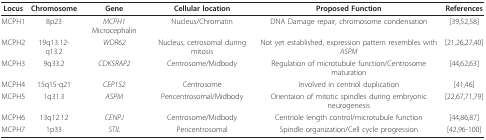
| Locus | Chromosome | Gene | Cellular location | Proposed Function | References |
 | --- | --- | --- | --- | --- | --- |
 | MCPH1 | 8p23 | MCPH1 Microcephalin | Nucleus/Chromatin | DNA Damage repair, chromosome condensation | [39,52,58] |
 | MCPH2 | 19q13.12- q13.2 | WDR62 | Nucleus, cetrosomal during mitosis | Not yet established, expression pattern resembles with ASPM | [21,26,27,40] |
 | MCPH3 | 9q33.2 | CDK5RAP2 | Centrosome/Midbody | Regulation of microtubule function/Centrosome maturation | [44,62,63] |
 | MCPH4 | 15q15-q21 | CEP152 | Centrosome | Involved in centriol duplication | [41,46] |
 | MCPH5 | 1q31.3 | ASPM | Pericentrosomal/Midbody | Orientaion of mitotic spindles during embryonic neurogenesis | [22,67,71,79] |
 | MCPH6 | 13q12.12 | CENPJ | Centrosome/Midbody | Centriole length control/microtubule function | [44,86,87] |
 | MCPH7 | 1p33 | STIL | Pericentrosomal | Spindle organization/Cell cycle progression | [42,96-100] |